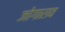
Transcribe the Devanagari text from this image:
जोगाराव